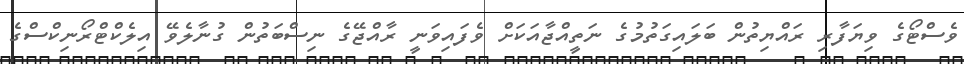
ވެސްޓޯގެ ވިޔަފާރި ރައްޔިތުން ބަލައިގަތުމުގެ ނަތީއްޖާއަކަށް ވެފައިވަނީ ރާއްޖޭގެ ނިސްބަތުން ގުނާލެވޭ އިލެކްޓްރޯނިކްސްގެ